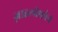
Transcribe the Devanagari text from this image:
ज़ाइलोफोन